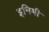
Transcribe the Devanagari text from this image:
इनिमी